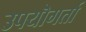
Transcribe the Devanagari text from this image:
उपयॊगर्ता